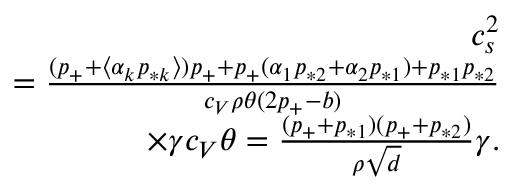
\begin{array} { r } { c _ { s } ^ { 2 } } \\ { = \frac { ( p _ { + } + \langle \alpha _ { k } p _ { * k } \rangle ) p _ { + } + p _ { + } ( \alpha _ { 1 } p _ { * 2 } + \alpha _ { 2 } p _ { * 1 } ) + p _ { * 1 } p _ { * 2 } } { c _ { V } \rho \theta ( 2 p _ { + } - b ) } } \\ { \times \gamma c _ { V } \theta = \frac { ( p _ { + } + p _ { * 1 } ) ( p _ { + } + p _ { * 2 } ) } { \rho \sqrt { d } } \gamma . } \end{array}